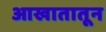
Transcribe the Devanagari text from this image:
आखातातून